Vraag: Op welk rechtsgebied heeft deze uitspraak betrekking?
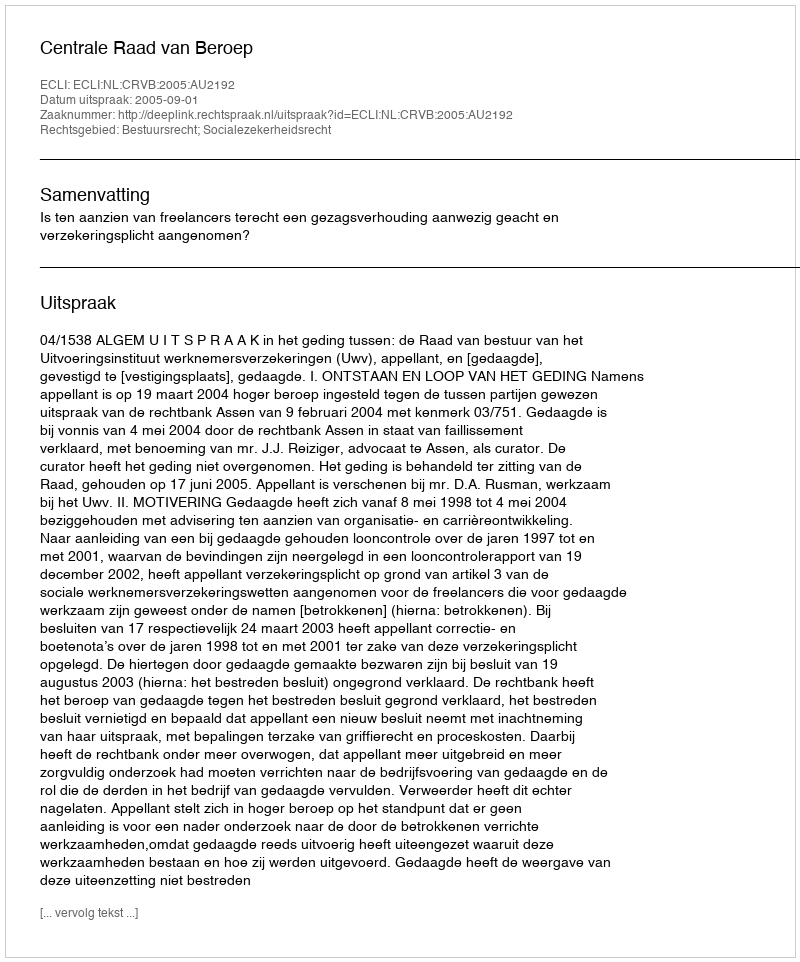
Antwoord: Bestuursrecht; Socialezekerheidsrecht